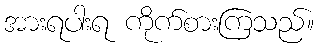
အားရပါးရ ကိုက်စားကြသည်။